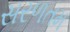
સરળતમ